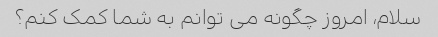
سلام، امروز چگونه می توانم به شما کمک کنم؟